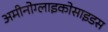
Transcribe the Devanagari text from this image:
अमीनोग्लाइकोसाइडस